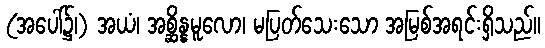
(အပေါ်၌၊) အယံ၊ အစ္ဆိန္နမူလော၊ မပြတ်သေးသော အမြစ်အရင်းရှိသည်။